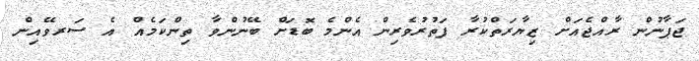
ޖަޕާނުން ރާއްޖެއަށް ޒިޔާރަތްކުރާ ފަތުރުވެރިން އެންމެ ބޮޑަށް ބޭނުންވާ ތިންކަމެއް އެ ސަރވޭއިން